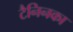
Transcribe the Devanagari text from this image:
टैनिनका